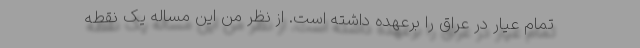
تمام عیار در عراق را برعهده داشته است. از نظر من این مساله یک نقطه